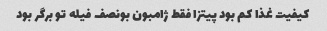
کیفیت غذا کم بود پیتزا فقط ژامبون بونصف فیله تو برگر بود